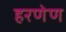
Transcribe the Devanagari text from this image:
हरणेण